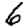
Digit: 6